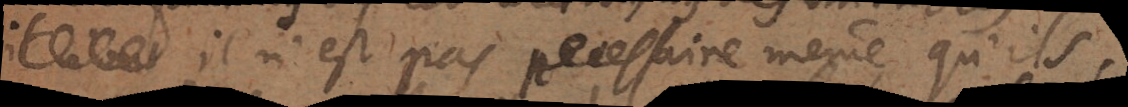
il a _ il n’est pas necessaire même qu’ils,